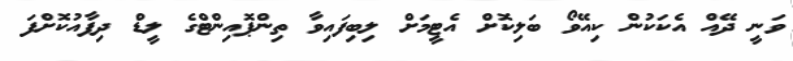
ވަނީ ދޭއް އެކަކުން ކިއޭވޯ ބަލިކޮށް އެޓީމަށް ލިބިފައިވާ ތިންޕޮއިންޓްގެ ލީޑް ދިފާއުކޮށްފަ